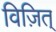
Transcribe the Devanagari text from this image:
विज़ित्